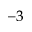
^ { - 3 }